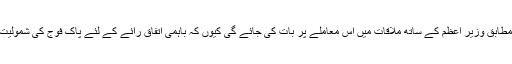
طالبان کمیٹی کے رکن پروفیسر محمد ابراہیم کے مطابق وزیر اعظم کے ساتھ ملاقات میں اس معاملے پر بات کی جائے گی کیوں کہ باہمی اتفاقِ رائے کے لئے پاک فوج کی شمولیت سے یقینامذاکرات کی کامیابی یقینی ہو جائے گی۔